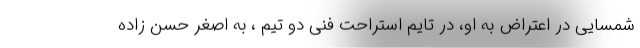
شمسایی در اعتراض به او، در تایم استراحت فنی دو تیم ، به اصغر حسن زاده